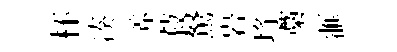
杯凑养菽駑岩埓藁滙